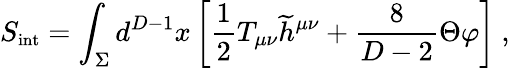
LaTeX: S_{\mathrm{{\small int}}}=\int_{\Sigma}d^{D-1}x\left[{\frac{1}{2}}T_{\mu\nu}{\widetilde h}^{\mu\nu}+{\frac{8}{D-2}}\Theta\varphi\right]~,